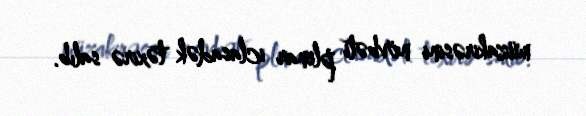
müzakirəsini növbəti plenar iclasadək təxirə salıb.